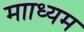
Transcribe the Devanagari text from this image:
मााध्यम